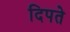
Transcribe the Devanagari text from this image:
दिपते